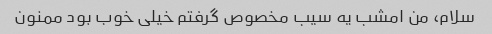
سلام، من امشب یه سیب مخصوص گرفتم خیلی خوب بود ممنون